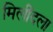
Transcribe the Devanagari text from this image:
मिलींदला